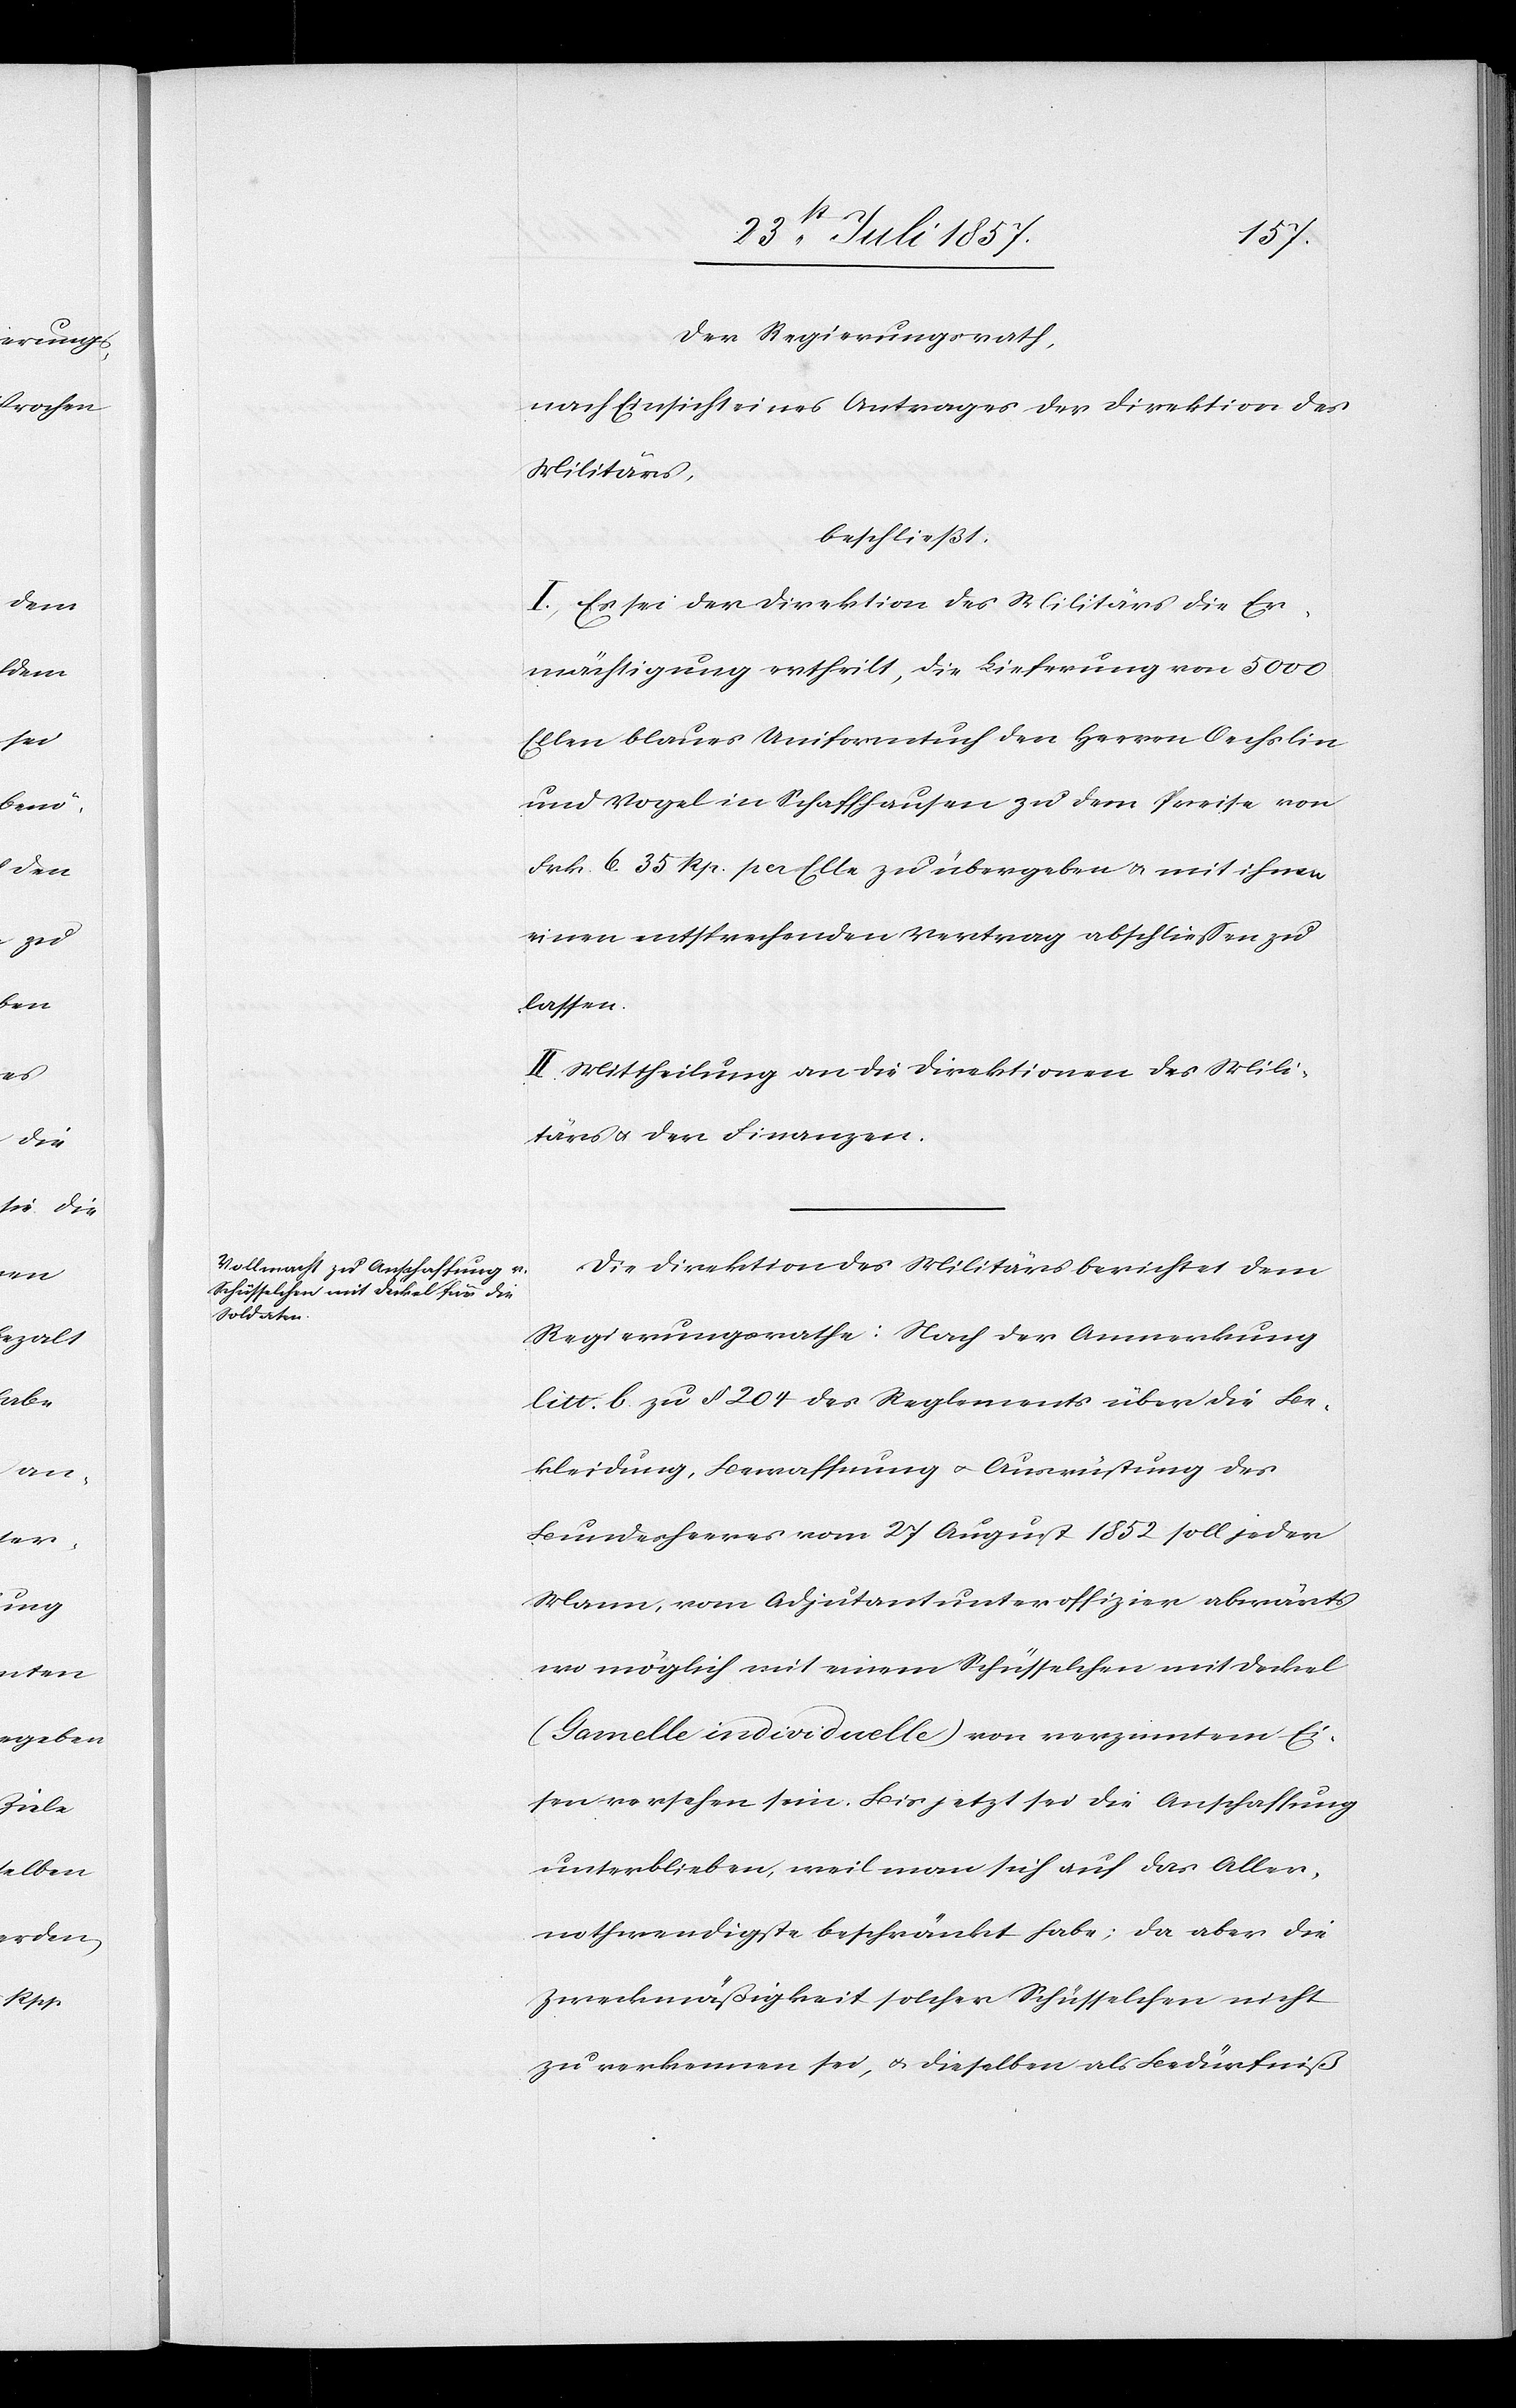
Der Regierungsrath,
nach Einsicht eines Antrages der Direktion des
Militärs,
beschließt:
I. Es sei der Direktion des Militärs die Er¬
mächtigung ertheilt, die Lieferung von 5 000
Ellen blaues Uniformtuch den Herren Oechslin
und Vogel in Schaffhausen zu dem Preise von
Frk. 6. 35 Rp. pr Elle zu übergeben & mit ihnen
einen entsprechenden Vertrag abschließen zu
lassen.
II. Mittheilung an die Direktion des Mili¬
tärs & der Finanzen.
Die Direktion des Militärs berichtet dem
Regierungsrathe: Nach der Anmerkung
litt. b zu § 204 des Reglements über die Be¬
kleidung, Bewaffnung & Ausrüstung des
Bundesheeres vom 27 August 1852 soll jeden
Mann, vom Adjutantunteroffizier abwärts
wo möglich mit einem Schüsselchen mit Deckel
(Gamelle individuelle) von verzinntem Ei¬
sen versehen sein. Bis jetzt sei die Anschaffung
unterblieben, weil man sich auf das Aller¬
nothwendigste beschränkt habe, da aber die
Zweckmäßigkeit solcher Schüsselchen nicht
zu erkennen sei, & dieselben als Bedürfniß